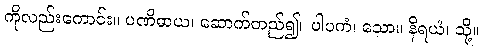
ကိုလည်းကောင်း။ ပဏိဓာယ၊ ဆောက်တည်၍။ ပါပကံ၊ သော။ နိရယံ၊ သို့။